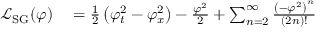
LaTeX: \begin{array} { r l } { { \mathcal { L } } _ { \mathrm { S G } } ( \varphi ) } & { { } = { \frac { 1 } { 2 } } \left( \varphi _ { t } ^ { 2 } - \varphi _ { x } ^ { 2 } \right) - { \frac { \varphi ^ { 2 } } { 2 } } + \sum _ { n = 2 } ^ { \infty } { \frac { \left( - \varphi ^ { 2 } \right) ^ { n } } { ( 2 n ) ! } } } \end{array}